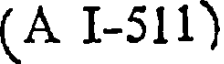
(A I-511)